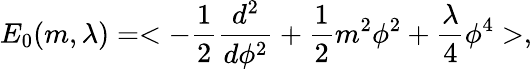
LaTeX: E_{0}(m,\lambda)=<-{\frac{1}{2}}{\frac{d^{2}}{d\phi^{2}}}+{\frac{1}{2}}m^{2}\phi^{2}+\frac{\lambda}{4}\phi^{4}>,